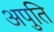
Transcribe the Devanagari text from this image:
अपुति